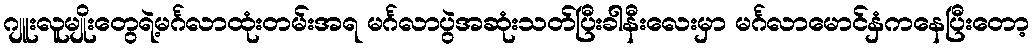
ဂျူးလူမျိုးတွေရဲ့မင်္ဂလာထုံးတမ်းအရ မင်္ဂလာပွဲအဆုံးသတ်ပြီးခါနီးလေးမှာ မင်္ဂလာမောင်နှံကနေပြီးတော့